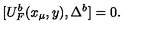
[ U _ { F } ^ { b } ( x _ { \mu } , y ) , \Delta ^ { b } ] = 0 .